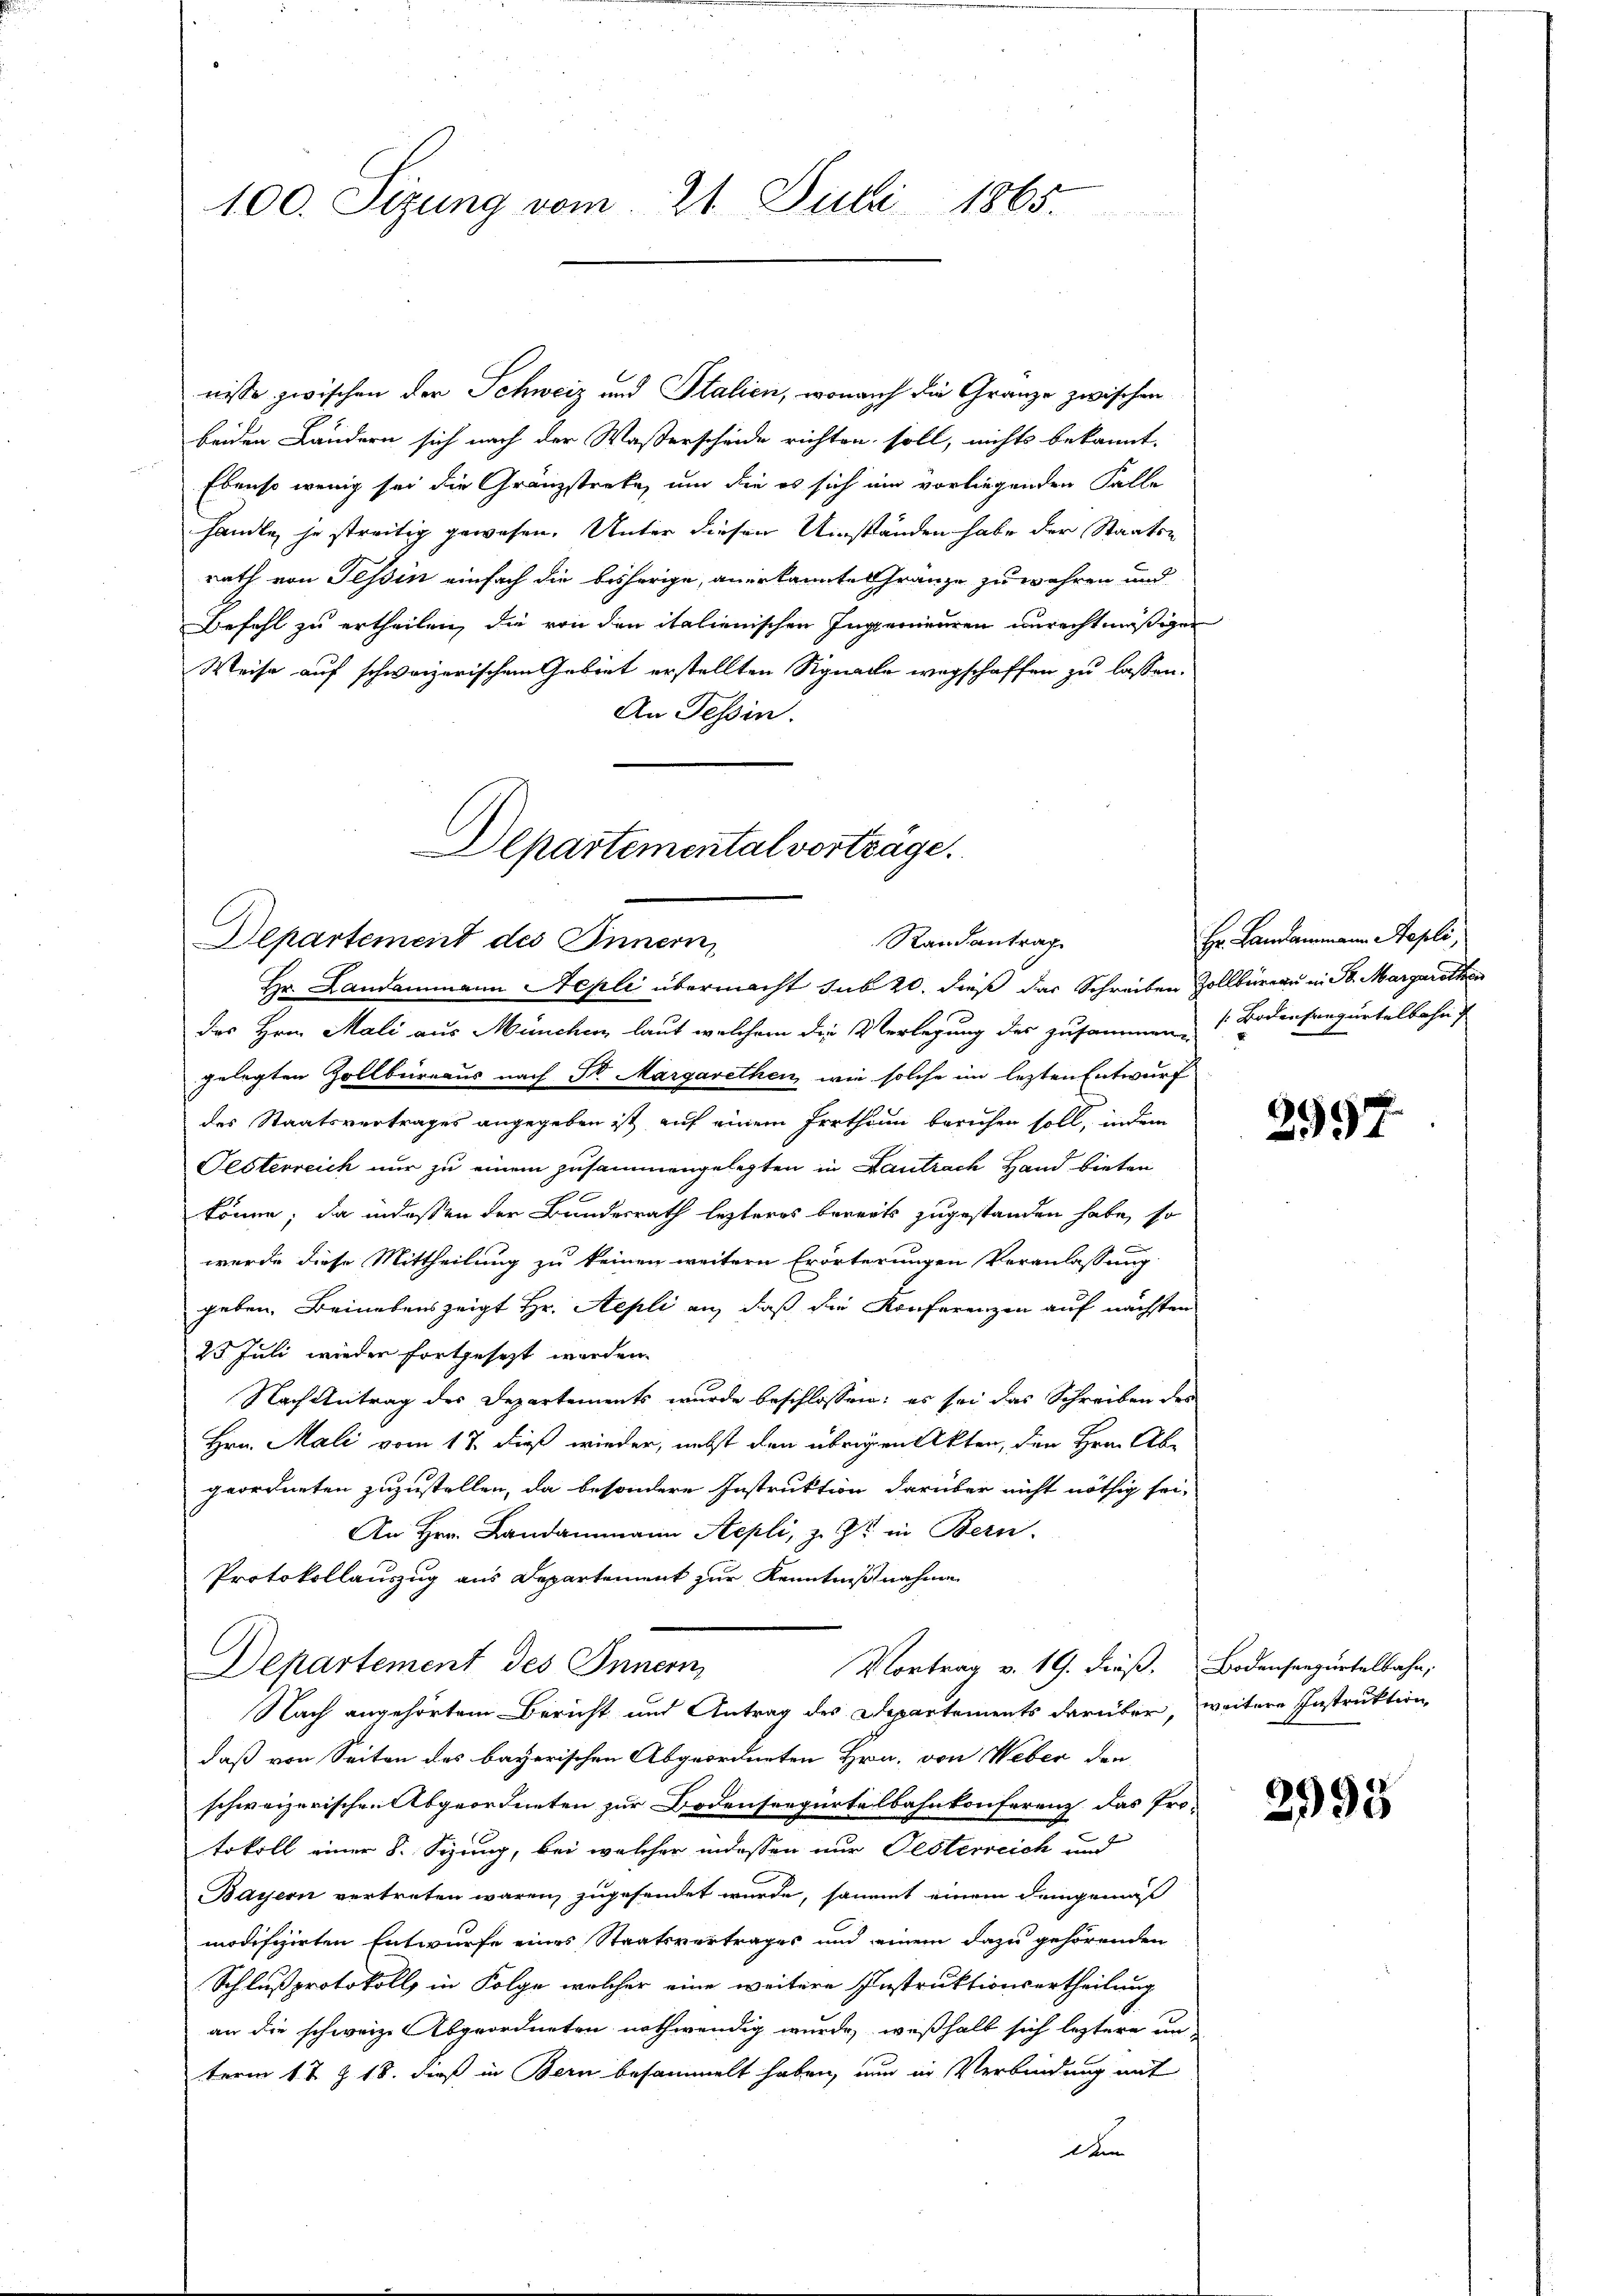
100. Sizung vom 21. Juli 1865.

nisse zwischen der Schweiz und Stalien, wonach die Granze zwischen
beiden Landern sich nach der Waßerscheide richten soll, nichts bekannt.
Ebenso wenig sei die Gränzstreke, und die es sich ein vorliegenden Falle
handle, je streitig gewesen. Unter diesen Umständen habe der Staats-
rath von Tessin einfach die bisherige, anerkannte Gränze zu währen und
Befehl zu ertheilen, die von den italienischen Ingerneuren unrechtmäßigen
Weise auf schweizerischem Gebiet erstellten Signalle wegschaffen zu lassen.
An Tessin.
des Hrn. Mali aus München laut welchem die Verlegung des zusammen Bodensangurtelbahn
gelegten Zollbüreaus nach Sr. Margarethen, wie solche im lezten Entwurf
des Staatsvertrages angegeben ist auf einem Irrthum beruhen soll, indem
Festerreich nur zu einem zusammengelegten in Gantrach Hand bieten
könne; da indessen der Bundesrath lezteres bereits zugestanden habe, so
wurde diese Mittheilung zu keinen weitern Erörterungen Veranlassung
geben. Beinebenszeigt Hr. Aepli an, daß die Konferenzen auf nächsten
25 Juli wieder fortgesezt werden.
Nach Antrag des Departements wurde beschlossen: es sei das Schreiben des
Hrn. Mali vom 17. dieß wieder, nebst den übrigen Akten, den Hrn. Ab-
geordneten zuzustellen, da besondere Instruktion darüber nicht nöthig sei,
An Hrn. Landammann Aepli, z. Zt. in Bern.
Protokollauszug aus Departement zur Kenntnißnahme
Departement des Innern,
Vortrag v. 19. dieß. Bodensenzartelbahn,
Nach angehörtem Bericht und Antrag des Departements darüber, weitere Instruktion,
daß von Seiten des bayerischen Abgeordneten Hrn. von Weber den
schweizerischen Abgeordneten zur Bodenseegürtelbahnkonferenz das Pro-
tokoll einer 8. Sizung, bei welcher indessen nur Pesterreich und
Bayern vertreten wären, zugesendet wurde, sammt einem demgemäß
modifizirten Entwurfe eines Staatsvertrages und einem dazu gehörenden
Schlußprotokoll in Folge welcher eine weitere Instruktionsertheilung
an die schweiz. Abgeordneten nothwendig wurde, weßhalb sich leztere un
term 1t J. 18. dieß in Bern besammelt haben, nun in Verbindung mit
den

Departemental vorträge.
Randantrag
Departement des Innern
Hr. Landammann Nepli übermacht sub 20. dieß das Schreiben Zollbüreau in St. Margarethen

Hr. Landammann Repli,

2997

2993